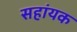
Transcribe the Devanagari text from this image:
सहांयक